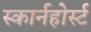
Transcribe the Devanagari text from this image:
स्कार्नहोर्स्ट